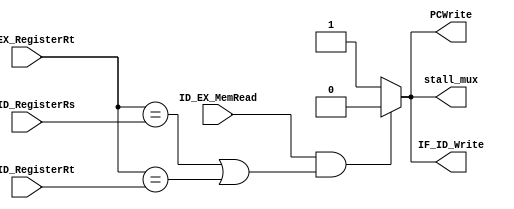
`timescale 1ns / 1ps
//////////////////////////////////////////////////////////////////////////////////
// Company: 
// Engineer: 
// 
// Design Name: 
// Module Name:    hazard_detection_unit 
// Project Name: 
// Target Devices: 
// Tool versions: 
// Description: 
//
// Dependencies: 
//
// Revision: 
// Revision 0.01 - File Created
// Additional Comments: 
//
//////////////////////////////////////////////////////////////////////////////////
module hazard_detection_unit(
    input ID_EX_MemRead, 			//MemRead_ID_out
    input [4:0] ID_EX_RegisterRt,
	 input [4:0] IF_ID_RegisterRt,
	 input [4:0] IF_ID_RegisterRs,
    output reg PCWrite,				//PCWrite
    output reg IF_ID_Write,		//IF_ID_Write
    output reg stall_mux			//stall_mux
    );

always@*
begin
	if(ID_EX_MemRead
	& ((ID_EX_RegisterRt == IF_ID_RegisterRs)
		| (ID_EX_RegisterRt == IF_ID_RegisterRt)))
	begin
		PCWrite = 0;
		IF_ID_Write = 0;
		stall_mux=0;
	end
	
	else
	begin
		PCWrite = 1;
		IF_ID_Write = 1;
		stall_mux = 1;
	end
		
end

endmodule